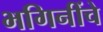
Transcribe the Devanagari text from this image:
भगिनींचे